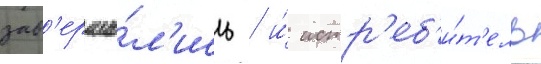
зав'ерши́л'ись / и́ истр'еб'и́т'ель